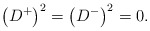
\begin{align*}\left( D^{+}\right) ^{2}=\left( D^{-}\right) ^{2}=0.\end{align*}